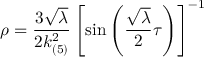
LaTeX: \rho = \frac { 3 \sqrt { \lambda } } { 2 k _ { ( 5 ) } ^ { 2 } } \left[ \sin \left( \frac { \sqrt { \lambda } } { 2 } \tau \right) \right] ^ { - 1 }